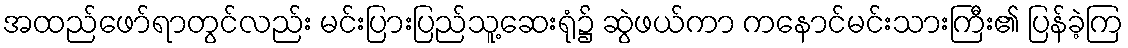
အထည်ဖော်ရာတွင်လည်း မင်းပြားပြည်သူ့ဆေးရုံ၌ ဆွဲဖယ်ကာ ကနောင်မင်းသားကြီး၏ ပြန်ခဲ့ကြ